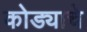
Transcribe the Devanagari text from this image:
कोड्याचे